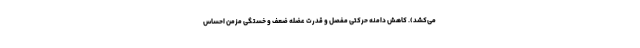
می‌کشد). کاهش دامنه حرکتی مفصل و قدرت عضله ضعف و خستگی مزمن احساس